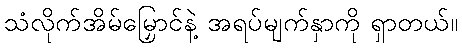
သံလိုက်အိမ်မြှောင်နဲ့ အရပ်မျက်နှာကို ရှာတယ်။